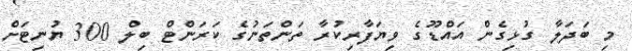
މި ބަދަލާ ގުޅިގެން އައްޑޫގެ ވިޔަފާރިކުރާ ތަންތަނުގެ ކަރަންޓް ބިލް 300 ޔުނިޓަށް